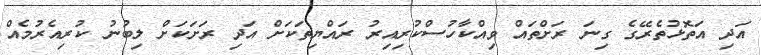
އަދި އަތޮޅުތެރޭގެ ގިނަ ރަށްތައް ވިއްކާހުސްކުރިއިރު ރައްޔިތަކަށް އަދި ރަށަކަށް ލިބުނު ކުރިއެރުމެއް